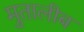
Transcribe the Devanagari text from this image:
मुतालीब